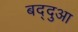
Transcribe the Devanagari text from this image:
बद्दुआ